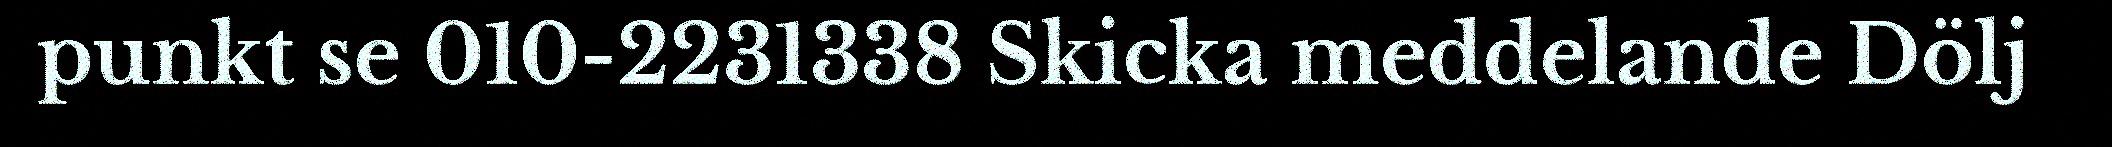
punkt se 010-2231338 Skicka meddelande Dölj